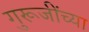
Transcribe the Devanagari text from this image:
गुरूजींच्या